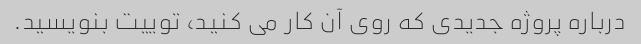
درباره پروژه جدیدی که روی آن کار می کنید، توییت بنویسید.